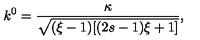
k ^ { 0 } = \frac { \kappa } { \sqrt { ( \xi - 1 ) [ ( 2 s - 1 ) \xi + 1 ] } } ,